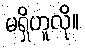
မရှိဟူလို။